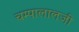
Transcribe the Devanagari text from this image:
चम्पालालजी